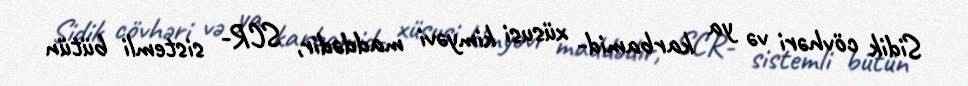
Sidik cövhəri və ya karbamid- xüsusi kimyəvi maddədir, SCR- sistemli bütün